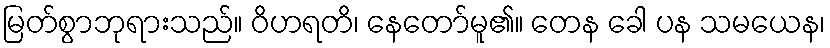
မြတ်စွာဘုရားသည်။ ဝိဟရတိ၊ နေတော်မူ၏။ တေန ခေါ ပန သမယေန၊